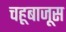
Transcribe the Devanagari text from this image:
चहूबाजूस